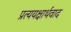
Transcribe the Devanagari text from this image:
प्रत्ययक्षार्थवाद